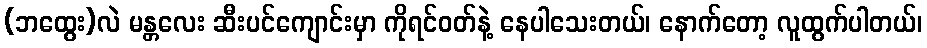
(ဘထွေး)လဲ မန္တလေး ဆီးပင်ကျောင်းမှာ ကိုရင်ဝတ်နဲ့ နေပါသေးတယ်၊ နောက်တော့ လူထွက်ပါတယ်၊